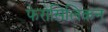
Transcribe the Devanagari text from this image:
फेरोसिलिकन